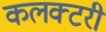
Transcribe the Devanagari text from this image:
कलक्टरी